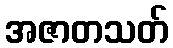
အဇာတသတ်